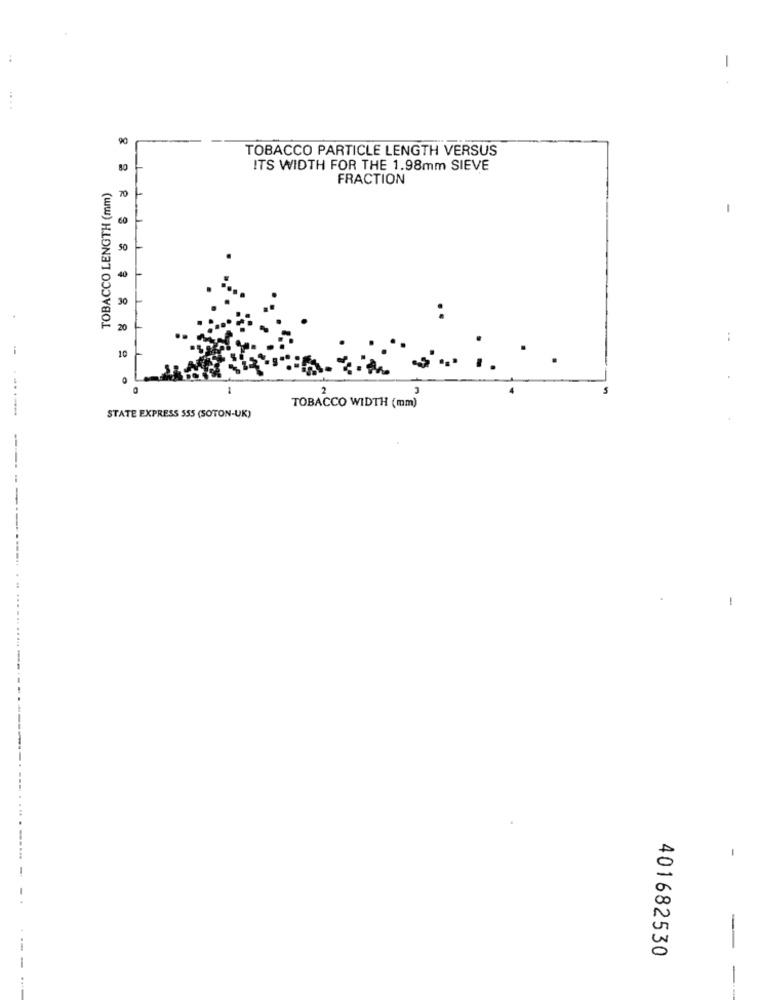
-
90
TOBACCO PARTICLE LENGTH VERSUS
ITS WIDTH FOR THE 1.98mm SIEVE
FRACTION
TOBACCO LENGTH (mm)
70
-
60
50
40
30
20
:
10
-
TOBACCO WIDTH (mm)
STATE EXPRESS 555 (SOTON-UK)
-
401682530
-
--